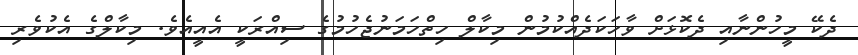
ދެކޭ މީހުންނާއި ދެކޮޅަށް ވާހަކަދެއްކުމުން މިކާލް ހިތްހަމަނުޖެހުމުގެ ސިއްރަކީ އެއީއެވެ. މިކާލްގެ އެކުވެރި